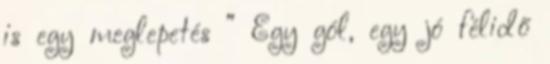
is egy meglepetés ” Egy gól, egy jó félidő